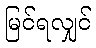
မြင်ရလျှင်